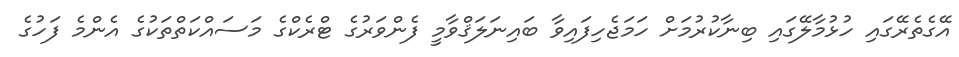
އޭގެތެރޭގައި ހުޅުމާލޭގައި ބިނާކުރުމަށް ހަމަޖެހިފައިވާ ބައިނަލަޤްވާމީ ފެންވަރުގެ ޓްރެކްގެ މަސައްކަތްތަކުގެ އެންމެ ފަހުގެ